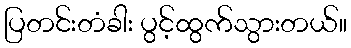
ပြတင်းတံခါး ပွင့်ထွက်သွားတယ်။